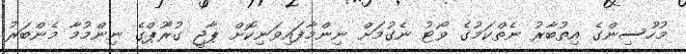
މުހުސިންގެ އިތުބާރު ނެތްކަމުގެ ވޯޓު ނެގުމަށް ނިންމާފައިވަނިކޮށް ޕާޖީ ގުރޫޕްގެ ނިންމުމާ މެންބަރު